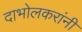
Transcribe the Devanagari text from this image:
दाभोलकरांनी